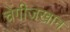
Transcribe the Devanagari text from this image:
चेंगीजखान